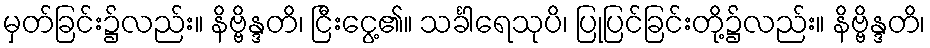
မှတ်ခြင်း၌လည်း။ နိဗ္ဗိန္ဒတိ၊ ငြီးငွေ့၏။ သင်္ခါရေသုပိ၊ ပြုပြင်ခြင်းတို့၌လည်း။ နိဗ္ဗိန္ဒတိ၊